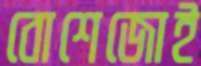
বোশেজোই